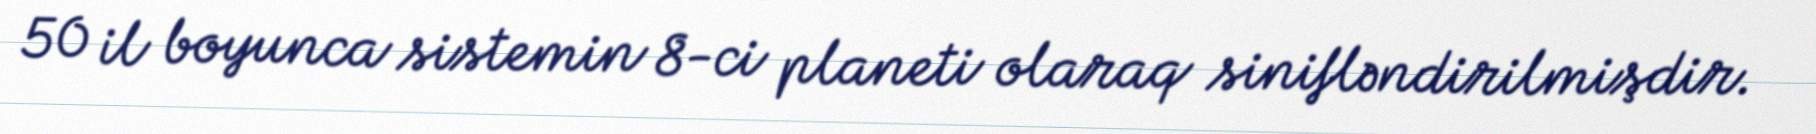
50 il boyunca sistemin 8-ci planeti olaraq sinifləndirilmişdir.